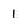
Character: 1